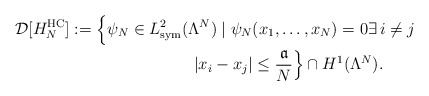
\begin{align*} \mathcal{D}[H_N^\mathrm{HC}]:=\;& \Big\{ \psi_N \in L^2_\mathrm{sym}(\Lambda^N)\;|\; \psi_N(x_1,\dots,x_N)=0 \exists\, i\ne j\\&\qquad\qquad\qquad |x_i-x_j| \le \frac{\mathfrak{a}}{N} \Big\}\cap H^1(\Lambda^N).\end{align*}